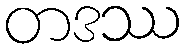
တဒဿ